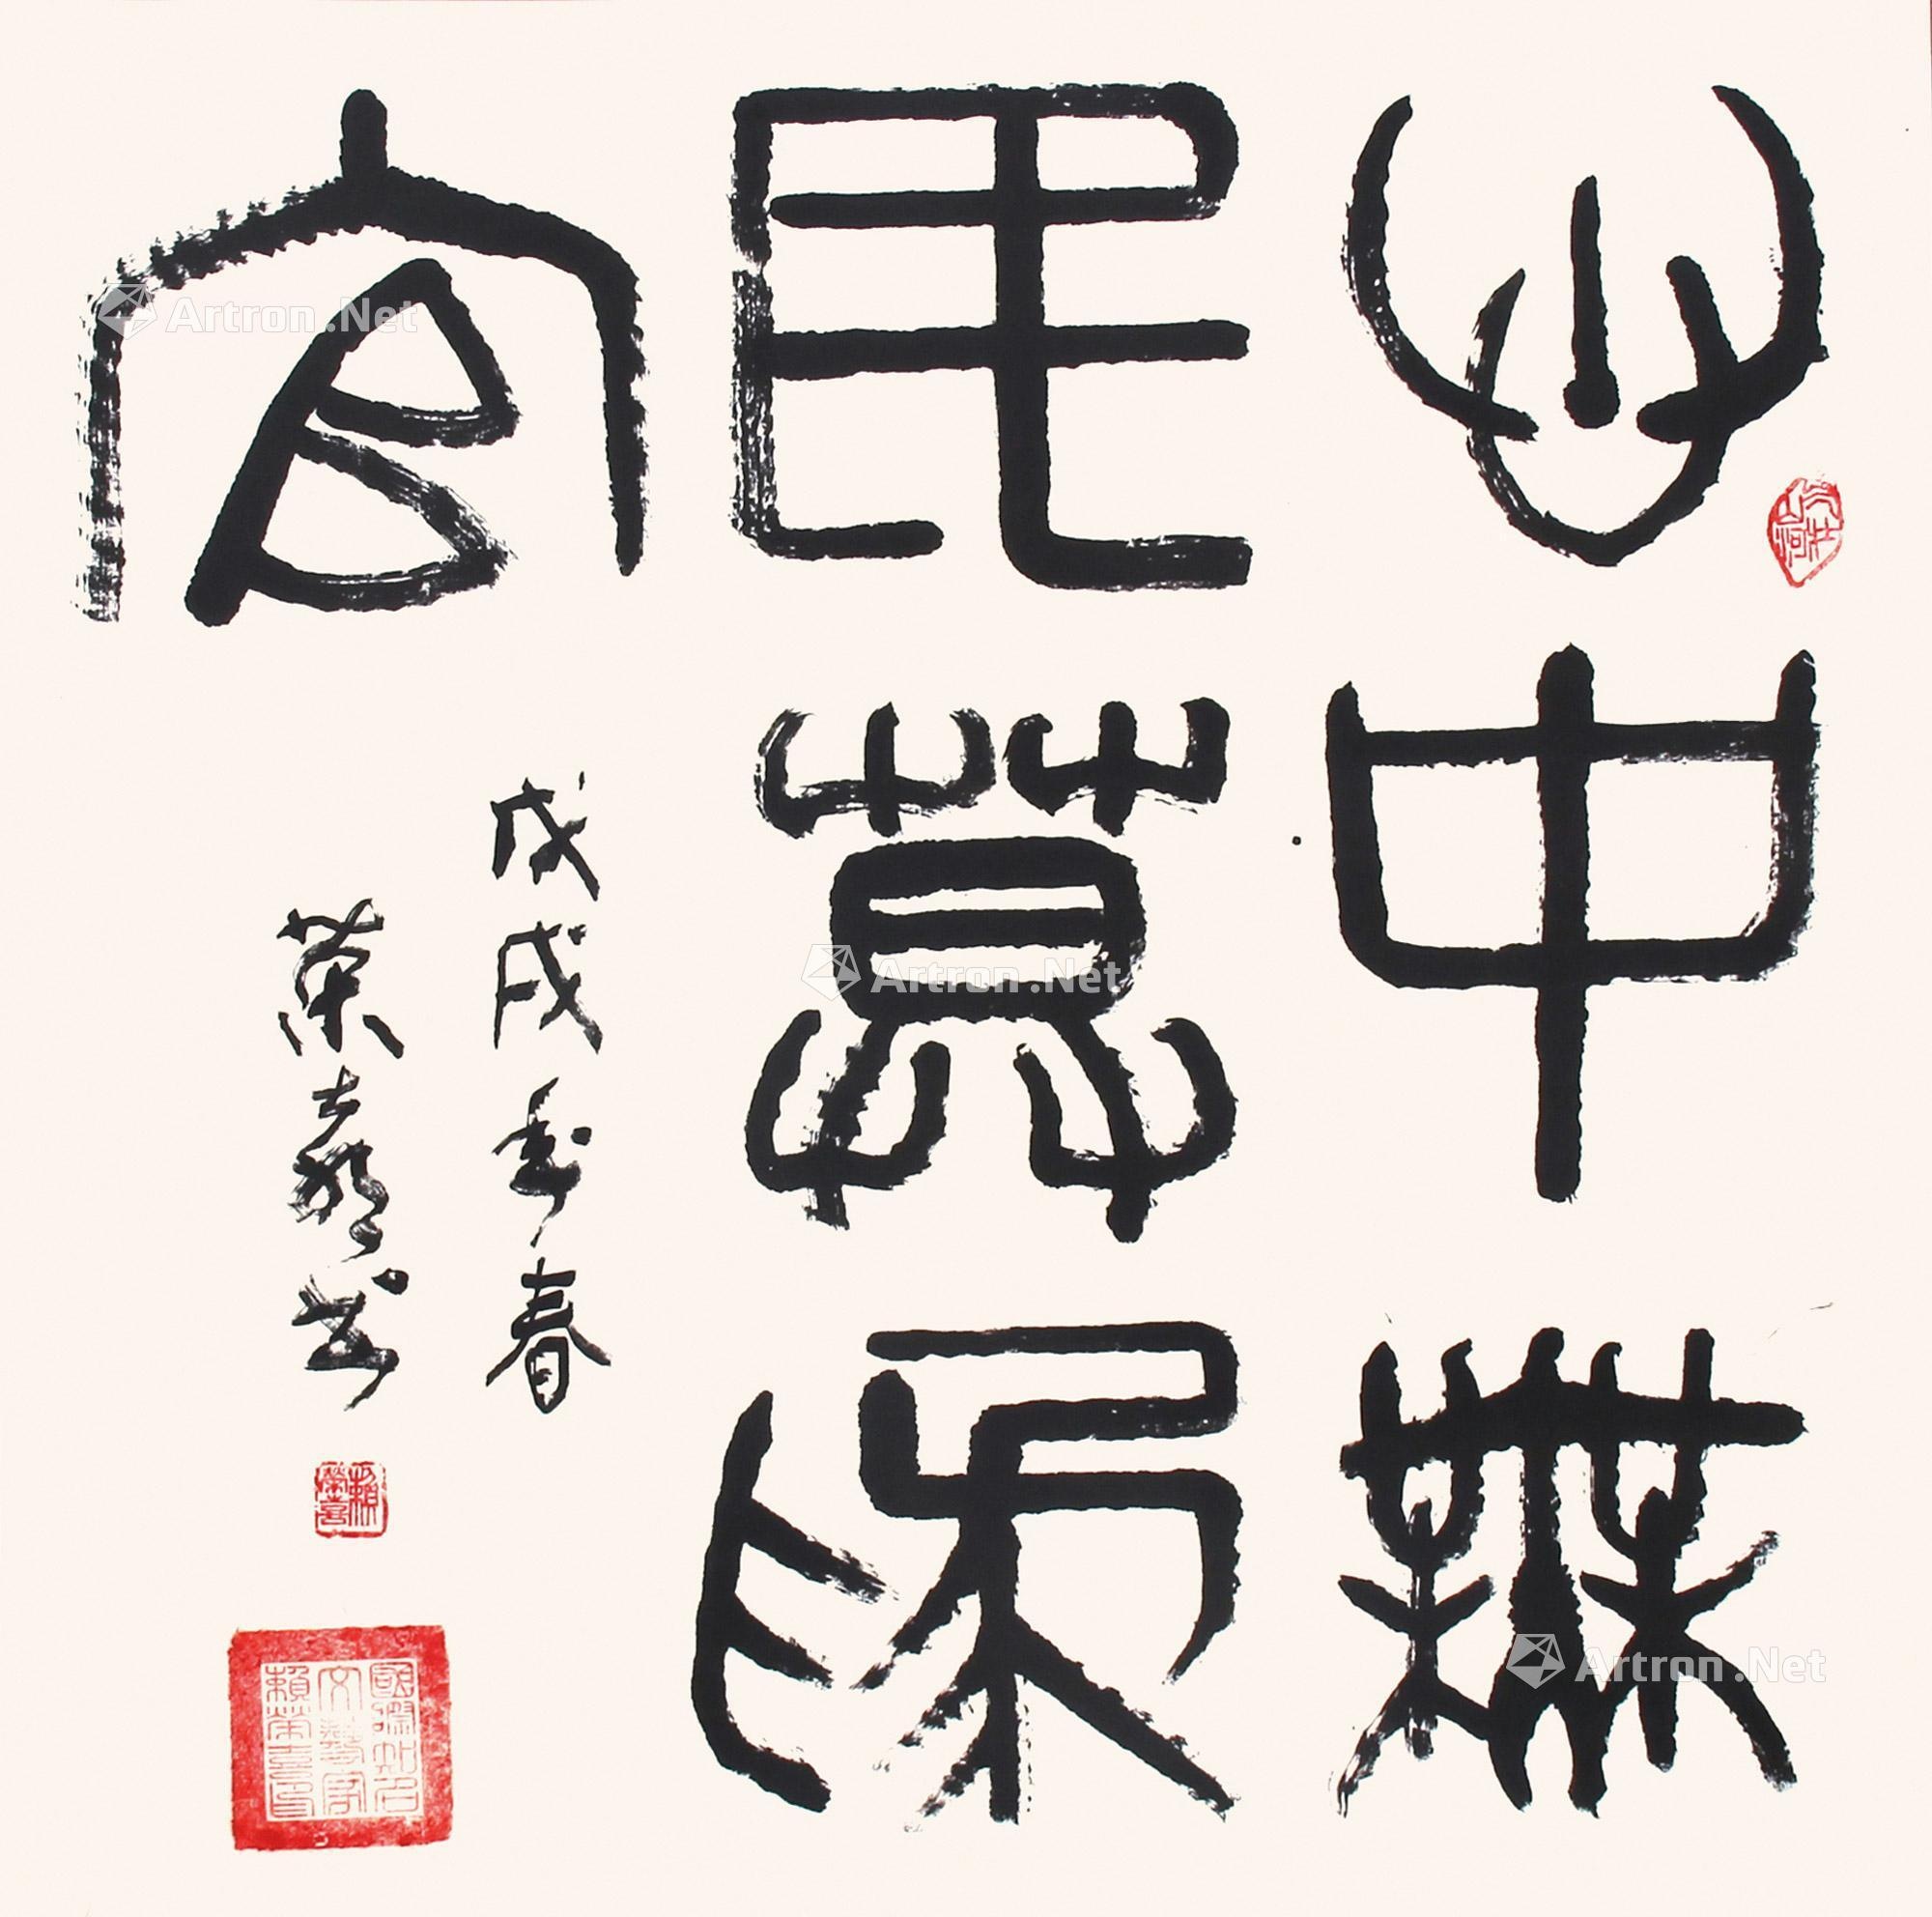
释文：心中无民莫为官一九八一年，赖荣喜